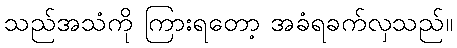
သည်အသံကို ကြားရတော့ အခံရခက်လှသည်။